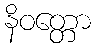
နိဝတ္တော